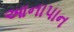
આનાપાન